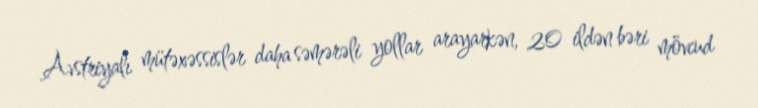
Avstriyalı mütəxəssislər daha səmərəli yollar arayarkən, 20 ildən bəri mövcud